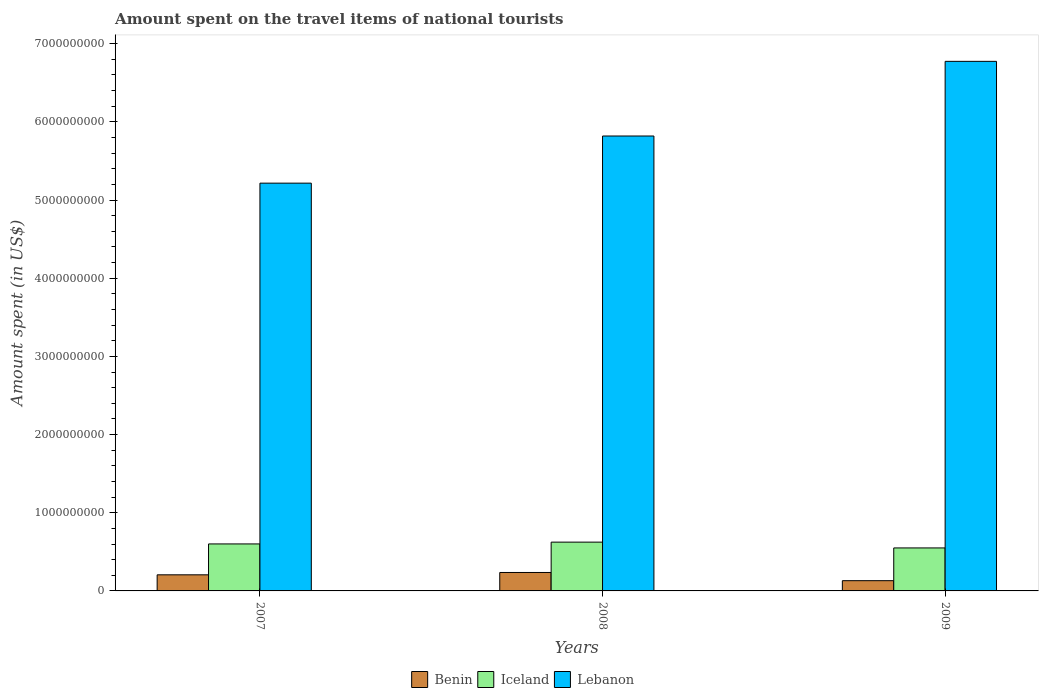
| Years | Benin | Iceland | Lebanon |
 | --- | --- | --- | --- |
 | 2007 | 2.06e+08 | 6.01e+08 | 5.22e+09 |
 | 2008 | 2.36e+08 | 6.24e+08 | 5.82e+09 |
 | 2009 | 1.31e+08 | 5.5e+08 | 6.77e+09 |